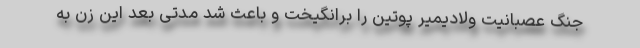
جنگ عصبانیت ولادیمیر پوتین را برانگیخت و باعث شد مدتی بعد این زن به